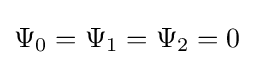
\Psi _{0}=\Psi _{1}=\Psi _{2}=0